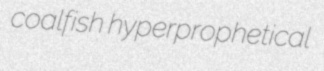
coalfish hyperprophetical